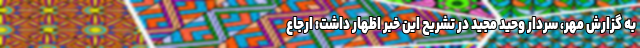
به گزارش مهر، سردار وحید مجید در تشریح این خبر اظهار داشت: ارجاع